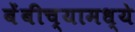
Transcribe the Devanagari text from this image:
बेंबीच्यामध्ये